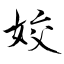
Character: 姣